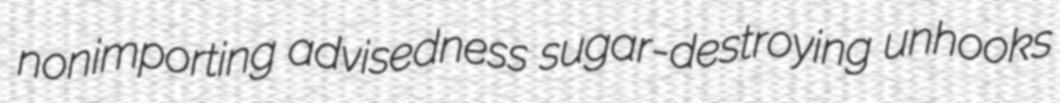
nonimporting advisedness sugar-destroying unhooks